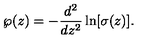
\wp ( z ) = - \frac { d ^ { 2 } } { d z ^ { 2 } } \ln [ \sigma ( z ) ] .